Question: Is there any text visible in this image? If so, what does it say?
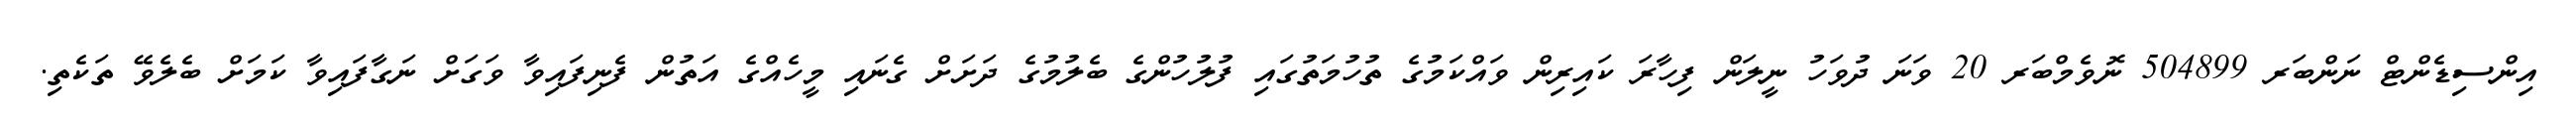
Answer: އިންސިޑެންޓް ނަންބަރ 504899 ނޮވެމްބަރ 20 ވަނަ ދުވަހު ނީލަން ފިހާރަ ކައިރިން ވައްކަމުގެ ތުހުމަތުގައި ފުލުހުންގެ ބެލުމުގެ ދަށަށް ގެނައި މީހެއްގެ އަތުން ފެނިފައިވާ ވަގަށް ނަގާފައިވާ ކަމަށް ބެލެވޭ ތަކެތި.